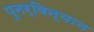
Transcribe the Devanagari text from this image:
पुनर्विन्यान